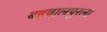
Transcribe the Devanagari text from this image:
बहवालपूरला